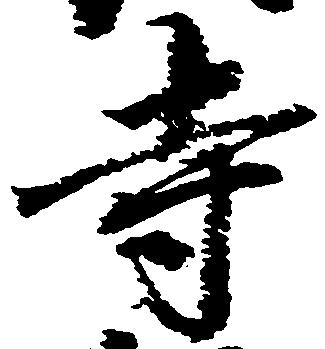
寺